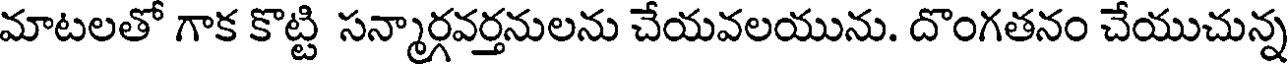
మాటలతో గాక కొట్టి సన్మార్గవర్తనులను చేయవలయును. దొంగతనం చేయుచున్న